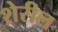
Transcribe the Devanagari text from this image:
शेरील